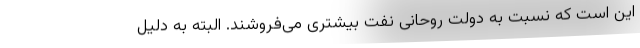
این است كه نسبت به دولت روحانی نفت بیشتری می‌فروشند. البته به دلیل